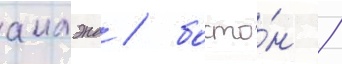
аилэнд / босто́н /